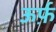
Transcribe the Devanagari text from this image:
ऊर्फ़